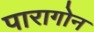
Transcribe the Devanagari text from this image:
पारागोन